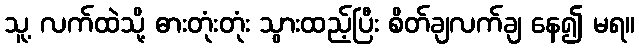
သူ့ လက်ထဲသို့ ဓားတုံးတုံး သွားထည့်ပြီး စိတ်ချလက်ချ နေ၍ မရ။